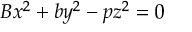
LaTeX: B x ^ { 2 } + b y ^ { 2 } - p z ^ { 2 } = 0